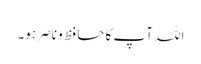
اللہ آپ کا حافظ و ناصر ہو۔